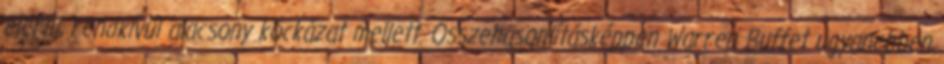
elérni, rendkívül alacsony kockázat mellett. Összehasonlításképpen Warren Buffet ugyanebben